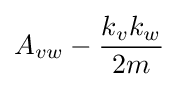
A_{vw}-{\frac {k_{v}k_{w}}{2m}}